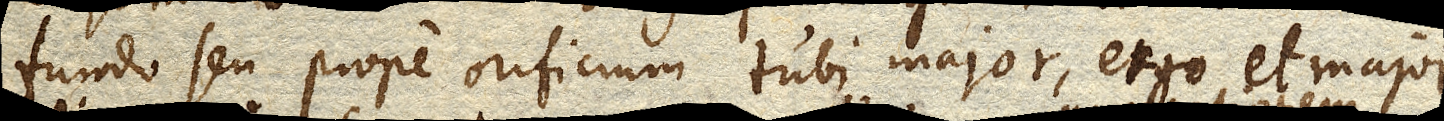
fundo seu prope orificium tubi major, ergo et major